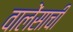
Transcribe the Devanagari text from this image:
वालेंसाची